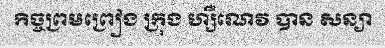
កិច្ចព្រមព្រៀង ក្រុង ហ្សឺណេវ បាន សន្យា